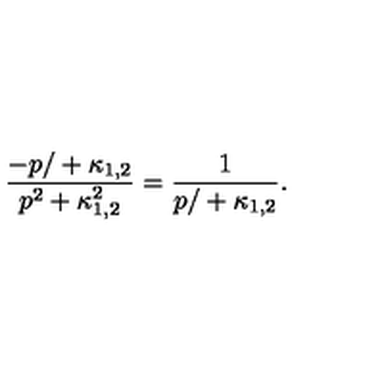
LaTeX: \frac { { - p / } + \kappa _ { 1 , 2 } } { p ^ { 2 } + \kappa _ { 1 , 2 } ^ { 2 } } = \frac { 1 } { { p / } + \kappa _ { 1 , 2 } } .